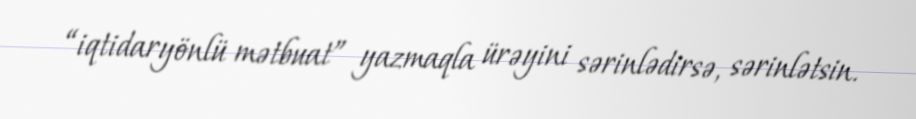
“iqtidaryönlü mətbuat” yazmaqla ürəyini sərinlədirsə, sərinlətsin.